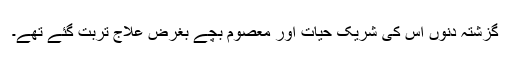
گزشتہ دنوں اُس کی شریک حیات اور معصوم بچے بغرض علاج تربت گئے تھے۔